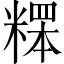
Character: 𥻸